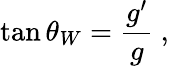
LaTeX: \tan\theta_{W}=\frac{g^{\prime}}{g}\ ,